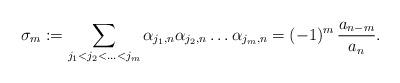
LaTeX: \begin{align*}\sigma_m := \sum_{j_1<j_2<\ldots<j_m} \alpha_{j_1,n} \alpha_{j_2,n} \ldots \alpha_{j_m,n} = (-1)^m\, \frac{a_{n-m}}{a_n}.\end{align*}